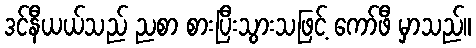
ဒင်နီယယ်သည် ညစာ စားပြီးသွားသဖြင့် ကော်ဖီ မှာသည်။